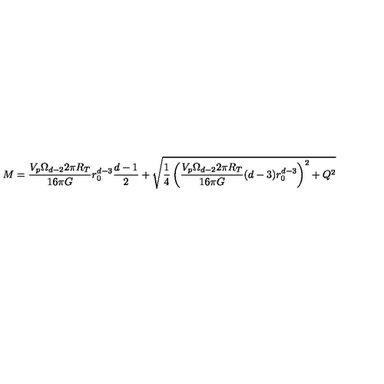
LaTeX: M = \frac { V _ { p } \Omega _ { d - 2 } 2 \pi R _ { T } } { 1 6 \pi G } r _ { 0 } ^ { d - 3 } \frac { d - 1 } { 2 } + \sqrt { \frac { 1 } { 4 } \left( \frac { V _ { p } \Omega _ { d - 2 } 2 \pi R _ { T } } { 1 6 \pi G } ( d - 3 ) r _ { 0 } ^ { d - 3 } \right) ^ { 2 } + Q ^ { 2 } }